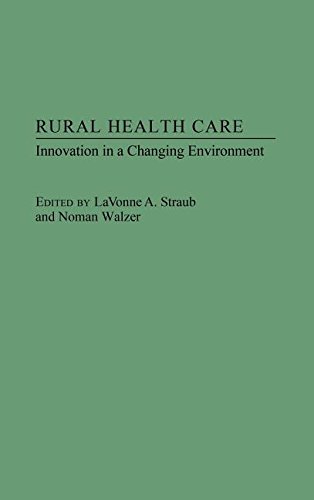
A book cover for Rural Health Care: Innovation in a Changing Environment; Lavonne Straub; Medical Books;